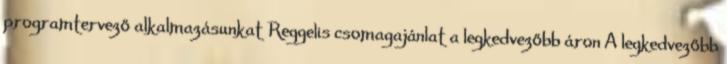
programtervező alkalmazásunkat Reggelis csomagajánlat a legkedvezőbb áron A legkedvezőbb